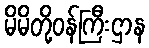
မိမိတို့ဝန်ကြီးဌာန